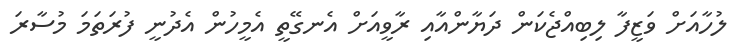
ލުހާއަށް ވަޒީފާ ލިބިއްޖެކަން ދަޔާންއާއި ރާވީއަށް އެނގޭތީ އެމީހުން އެދުނީ ފުރަތަމަ މުސާރަ